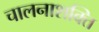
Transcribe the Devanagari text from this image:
चालनाशक्ति